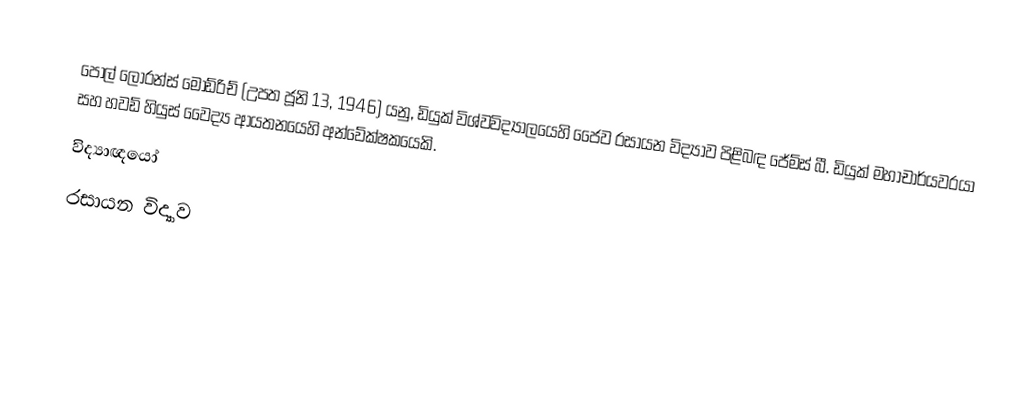
පෝල් ලෝරන්ස් මොඩ්රිච් (උපත ජූනි 13, 1946) යනු,  ඩියුක් විශ්වවිද්‍යාලයෙහි  ජෛව රසායන විද්‍යාව පිළිබඳ  ජේම්ස් බී. ඩියුක් මහාචාර්යවරයා සහ  හවඩ් හියුස් වෛද්‍ය ආයතනයෙහි අන්වේක්ෂකයෙකි.
විද්‍යාඥයෝ
රසායන විද්‍යාව